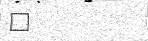
١